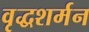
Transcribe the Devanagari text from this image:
वृद्धशर्मन